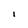
Character: 1